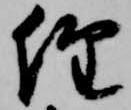
経